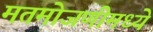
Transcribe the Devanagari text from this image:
मतमोजणीमध्ये